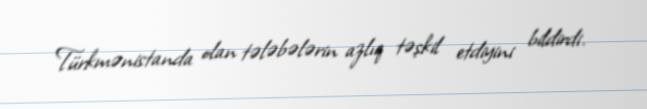
Türkmənistanda olan tələbələrin azlıq təşkil etdiyini bildirdi.